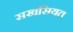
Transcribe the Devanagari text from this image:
सखसियत